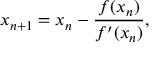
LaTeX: x _ { n + 1 } = x _ { n } - { \frac { f ( x _ { n } ) } { f ^ { \prime } ( x _ { n } ) } } ,